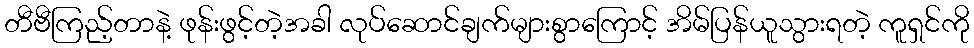
တီဗီကြည့်တာနဲ့ ဖုန်းဖွင့်တဲ့အခါ လုပ်ဆောင်ချက်များစွာကြောင့် အိမ်ပြန်ယူသွားရတဲ့ ကူရှင်ကို